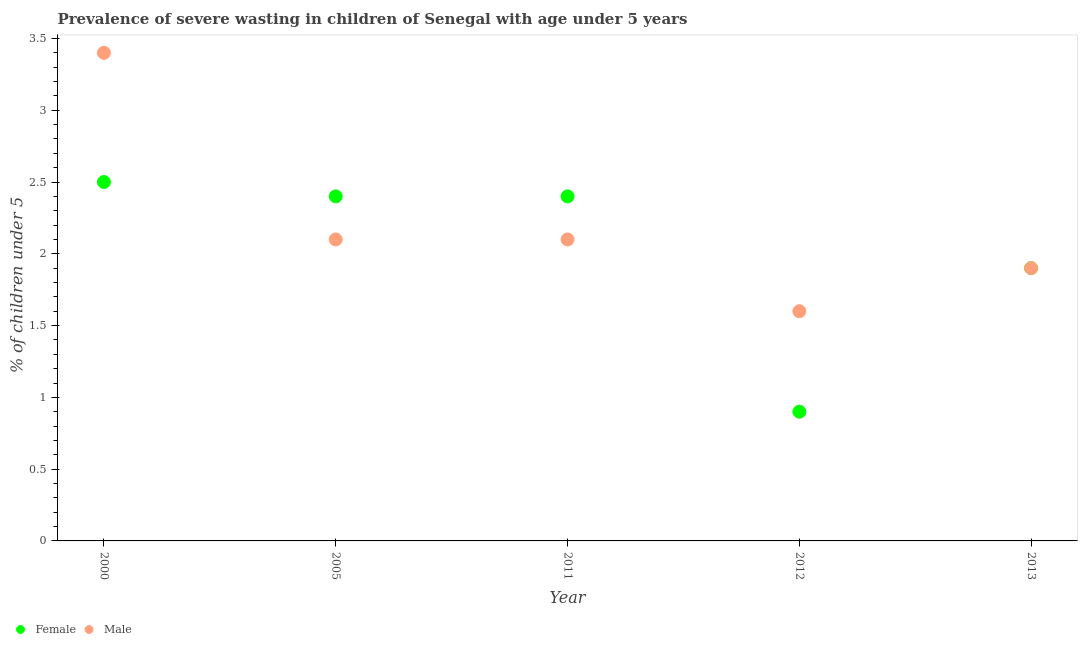
| Year | Female | Male |
 | --- | --- | --- |
 | 2000 | 2.5 | 3.4 |
 | 2005 | 2.4 | 2.1 |
 | 2011 | 2.4 | 2.1 |
 | 2012 | 0.9 | 1.6 |
 | 2013 | 1.9 | 1.9 |